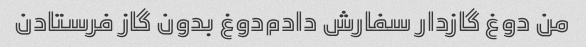
من دوغ گازدار سفارش دادم‌دوغ بدون گاز فرستادن‌